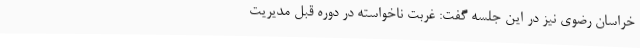
خراسان رضوی نیز در این جلسه گفت: غربت ناخواسته در دوره قبل مدیریت